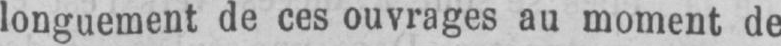
longuement de ces ouvrages au moment de